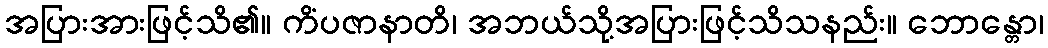
အပြားအားဖြင့်သိ၏။ ကိံပဇာနာတိ၊ အဘယ်သို့အပြားဖြင့်သိသနည်း။ ဘောန္တော၊